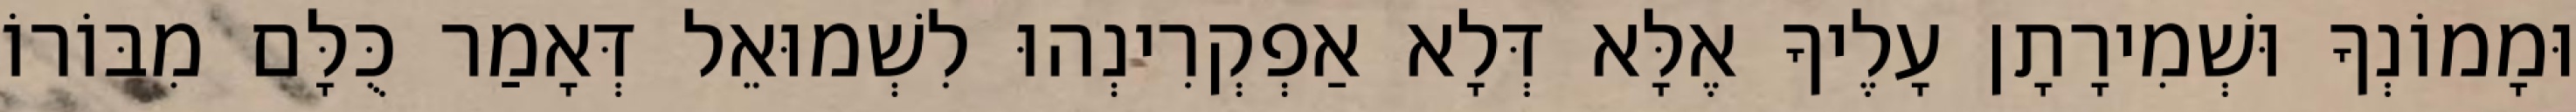
וּמָמוֹנְךָ וּשְׁמִירָתָן עָלֶיךָ אֶלָּא דְּלָא אַפְקְרִינְהוּ לִשְׁמוּאֵל דְּאָמַר כֻּלָּם מִבּוֹרוֹ